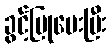
ခွင့်ပြုပေးပြီး